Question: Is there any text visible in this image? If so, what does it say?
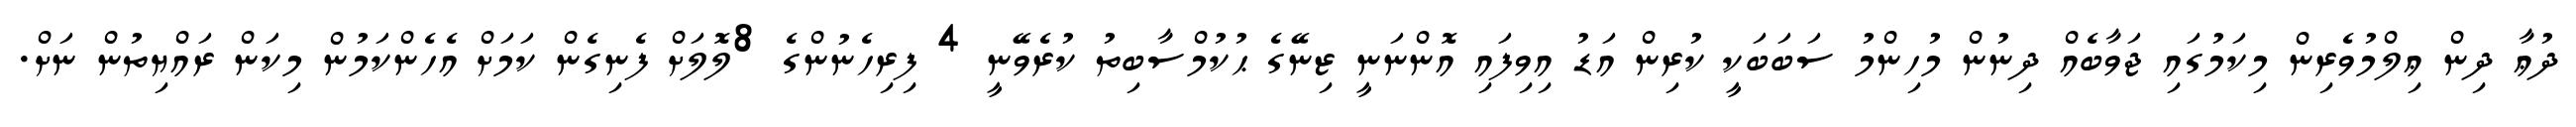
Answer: ދުޢާ ދިން ޢިލްމުވެރިން މިކަމުގައި ޖަވާބެއް ދިނުން މުހިންމު ސަބަބަކީ ކުރިން އަޑު އިވިފައި އޮންނަނީ ޒިނޭގެ ޙުކުމްސާބިތު ކުރެވޭނީ 4 ފިރިހެނުންގެ 8ލޮލަށް ފެނިގެން ކަމަށް އެހެންކަމުން މިކަން ރައްޔިތުން ނަށް.